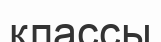
классы